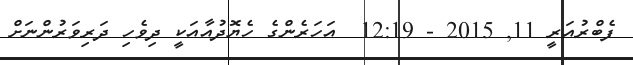
ފެބްރުއަރީ 11